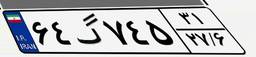
۶۴گ۷۴۵۳۱